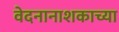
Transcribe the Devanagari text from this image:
वेदनानाशकाच्या